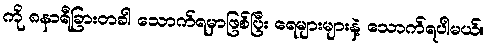
ကို ၈နာရီခြားတခါ သောက်ရမှာဖြစ်ပြီး ရေများများနဲ့ သောက်ရပါမယ်။